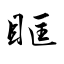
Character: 眶